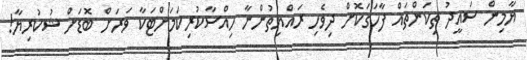
ޔާމިން ސައީދު ތިކަންތައް ފާހަގަކޮށް ދިވެހި ރައްޔިތުންނާ ހިއްސާކުރިކަމަށްޓަކާ ވަރަށް ބޮޑަށް ޝުކުރިޔާ!